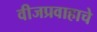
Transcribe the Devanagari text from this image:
वीजप्रवाहाचे